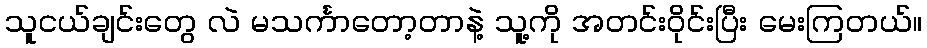
သူငယ်ချင်းတွေ လဲ မသင်္ကာတော့တာနဲ့ သူ့ကို အတင်းဝိုင်းပြီး မေးကြတယ်။